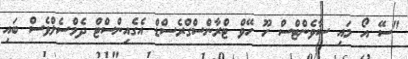
"ސޭ އޯ މައި ސާވެންޓްސް ހޫ ހޭވް ޓްރާންސްގްރެސްޑް އެގެއިންސްޓް ދެމްސެލްވެސް ބައި